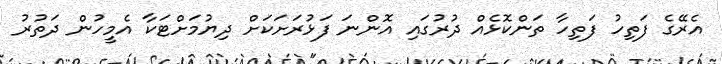
އެރޭގެ ފަތިހު ފަތިހާ ތަންކޮޅެއް ދުރުގައި އޮންނަ ފަޅުރަށަކަށް ދިޔުމަށްޓަކާ އެމީހުން ދަތުރު